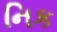
નિક